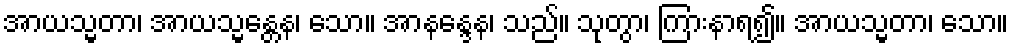
အာယသ္မတာ၊ အာယသ္မန္တေန၊ သော။ အာနန္ဒေန၊ သည်။ သုတွာ၊ ကြားနာရ၍။ အာယသ္မတာ၊ သော။